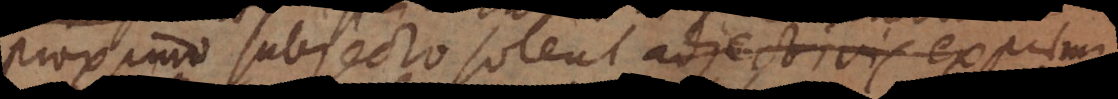
proximo subjecto solent adjectivis exprimi,